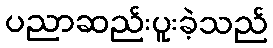
ပညာဆည်းပူးခဲ့သည်